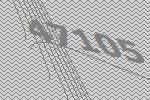
47105